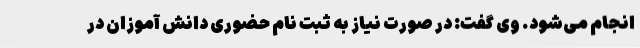
انجام می‌شود. وی گفت: در صورت نیاز به ثبت نام حضوری دانش آموزان در